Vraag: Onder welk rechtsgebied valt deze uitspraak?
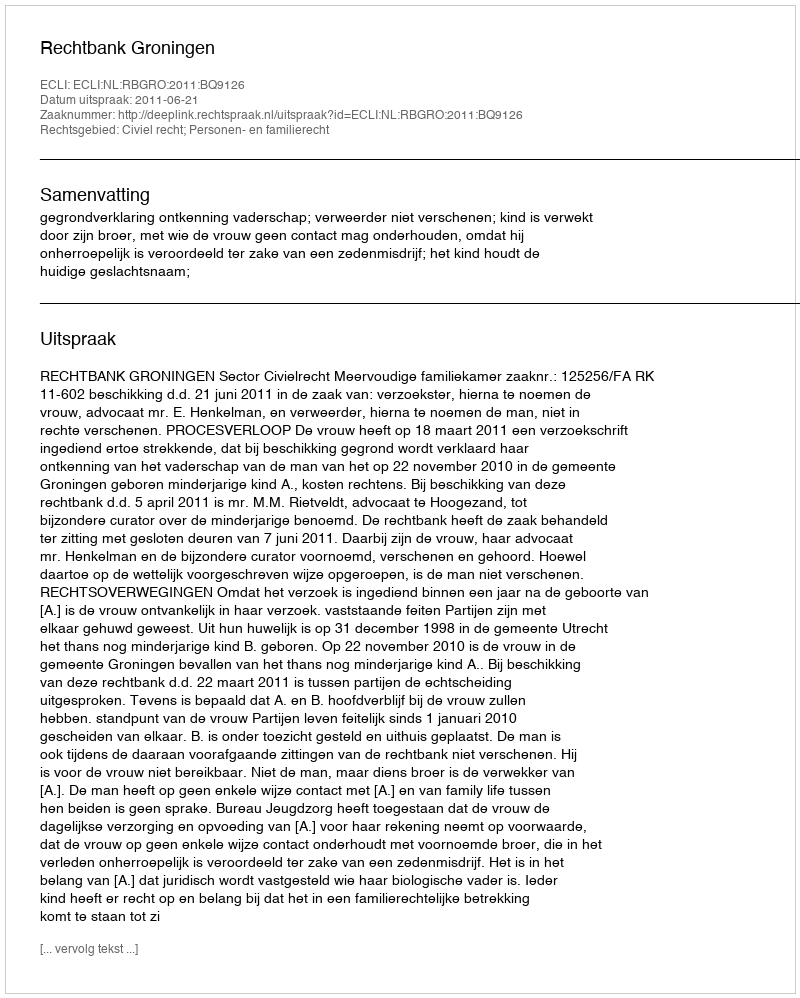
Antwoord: Civiel recht; Personen- en familierecht